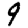
Digit: 9